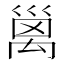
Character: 𥝁